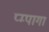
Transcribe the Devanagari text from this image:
प्म्पागा